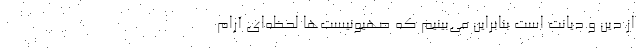
از دین و دیانت است بنابراین می‌بینیم که صهیونیست‌ها لحظه‌ای آرام